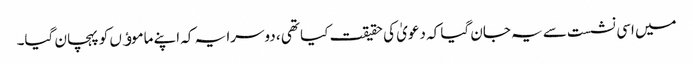
میں اسی نشست سے یہ جان گیا کہ دعویٰ کی حقیقت کیا تھی ، دوسرا یہ کہ اپنے ماموﺅں کو پہچان گیا۔